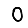
Digit: 0